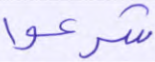
شرعوا